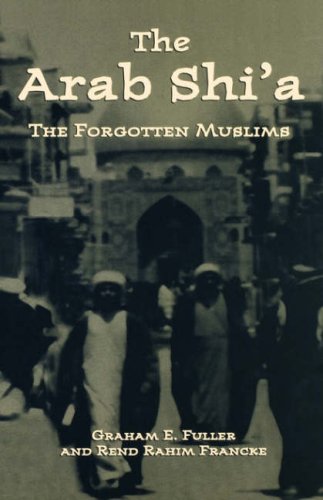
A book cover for The Arab Shi'a: The Forgotten Muslims; Rend Rahim Francke; Religion & Spirituality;